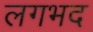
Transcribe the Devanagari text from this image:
लगभद